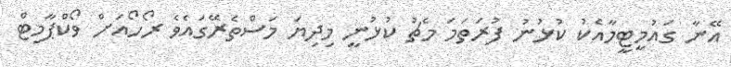
އޭނާ ގައުމީޓީމާއެކު ކުޅުނު ފުރަތަމަ މެޗު ކުޅުނީ މިދިޔަ މަސްތެރޭގައެވެ ރޯހޯއަށް ވޯކްޕާމިޓް